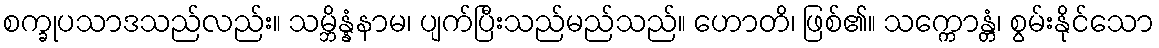
စက္ခုပသာဒသည်လည်း။ သမ္ဘိန္နံနာမ၊ ပျက်ပြီးသည်မည်သည်။ ဟောတိ၊ ဖြစ်၏။ သက္ကောန္တံ၊ စွမ်းနိုင်သော